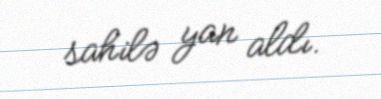
sahilə yan aldı.